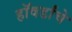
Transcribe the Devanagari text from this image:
हॉवर्डांचे